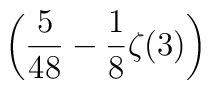
\displaystyle \left(\frac{5}{48}-\frac{1}{8}\zeta(3)\right)